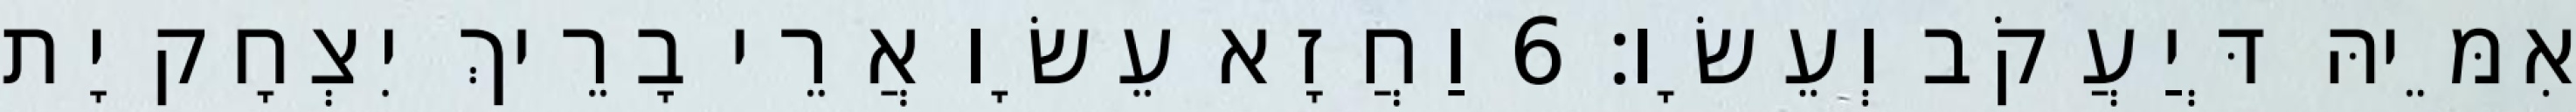
אִמֵּיהּ דְּיַעֲקֹב וְעֵשָׂו׃ 6 וַחֲזָא עֵשָׂו אֲרֵי בָרֵיךְ יִצְחָק יָת